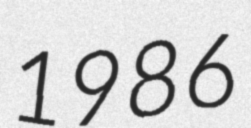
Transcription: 1986